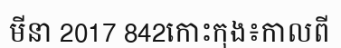
មីនា 2017 842កោះកុង៖កាលពី